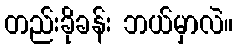
တည်းခိုခန်း ဘယ်မှာလဲ။